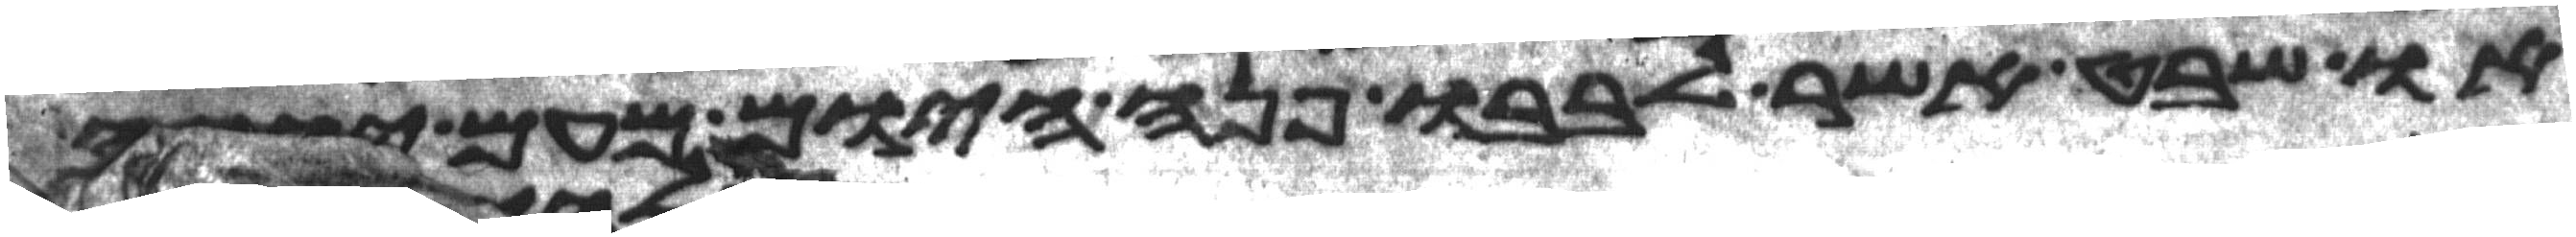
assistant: או שבט אשר לבבו פנה היום מעם יהוה